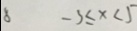
8 - 3 \leq x < 5